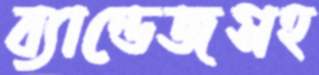
ব্যান্ডেজসহ